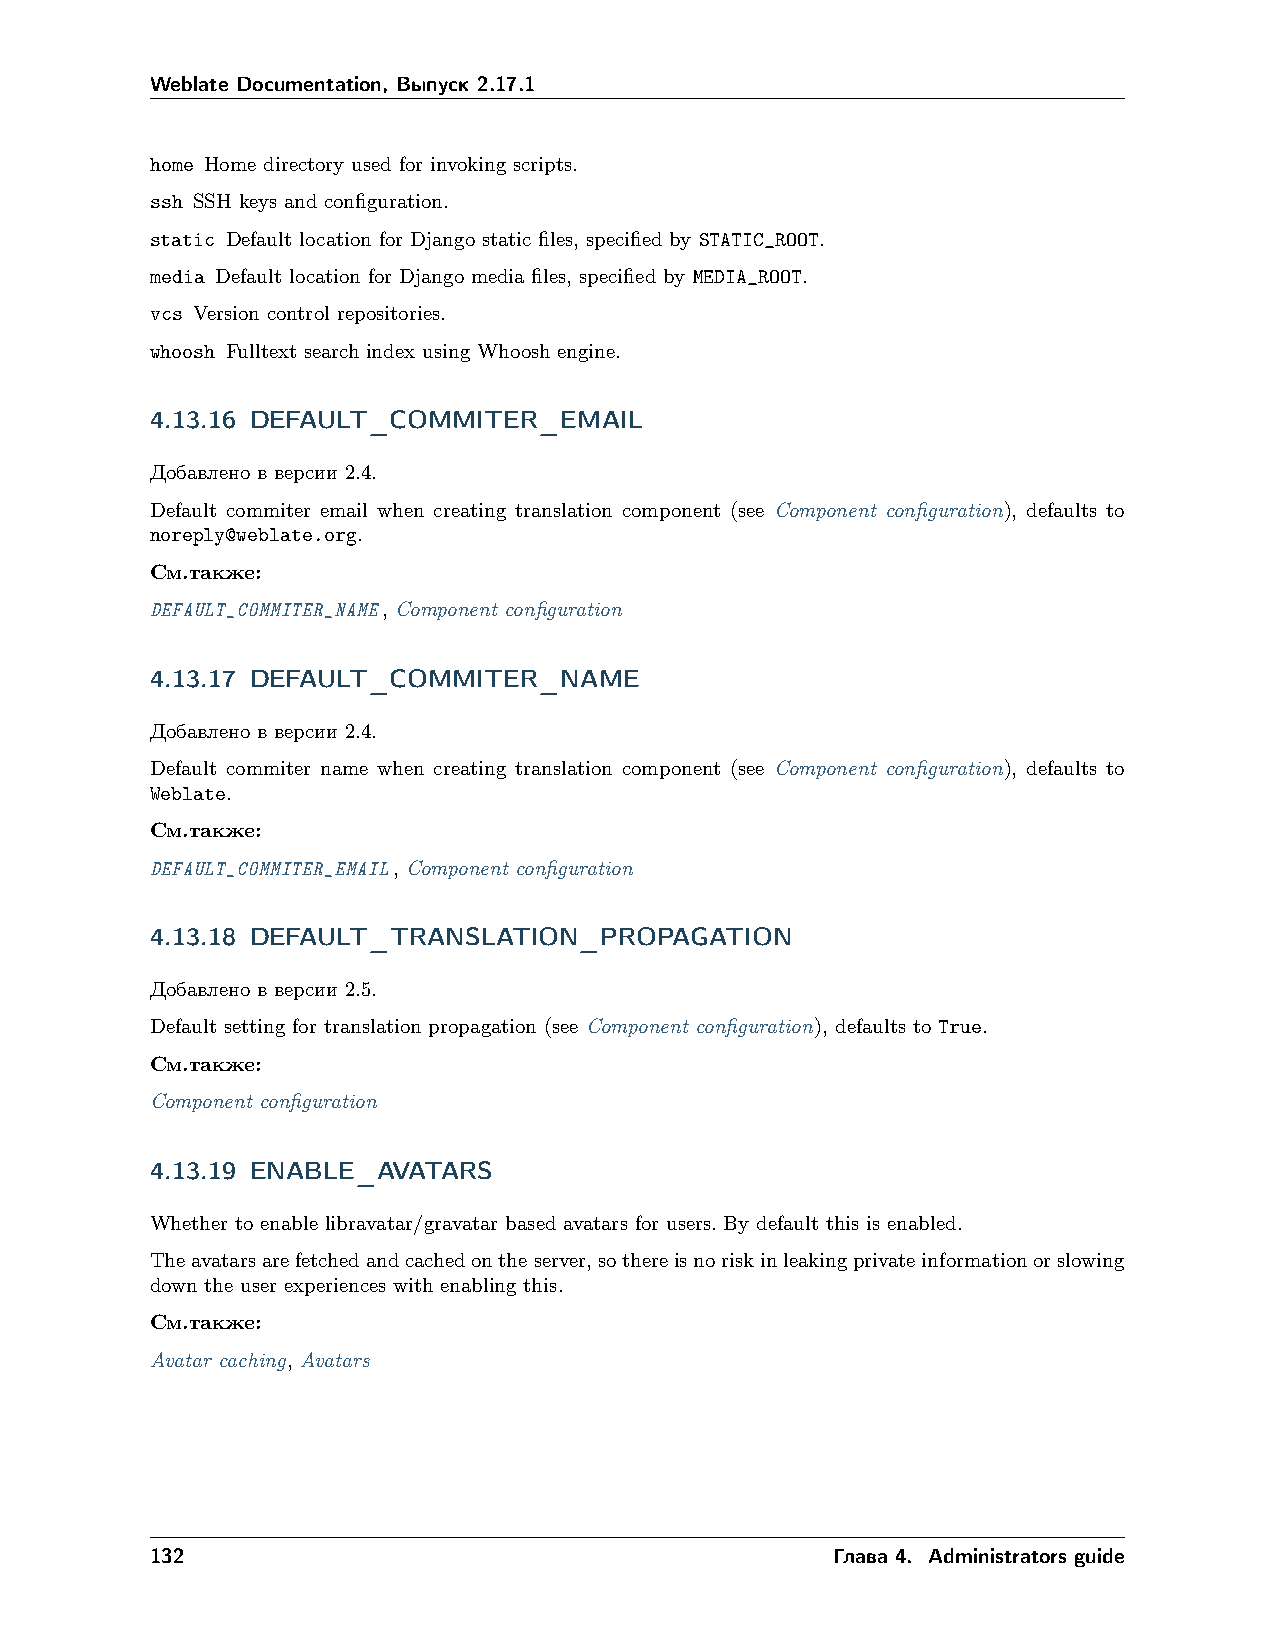
Weblate Documentation, Выпуск 2.17.1
 home Home directory used for invoking scripts.
 ssh SSH keys and configuration.
 static Default location for Django static files, specified by STATIC_ROOT.
 media Default location for Django media files, specified by MEDIA_ROOT.
 vcs Version control repositories.
 whoosh Fulltext search index using Whoosh engine.
 4.13.16 DEFAULT_COMMITER_EMAIL
 Добавлено в версии 2.4.
 Default commiter email when creating translation component (see Component configuration), defaults to
 noreply@weblate.org.
 См.также:
 DEFAULT_COMMITER_NAME, Component configuration
 4.13.17 DEFAULT_COMMITER_NAME
 Добавлено в версии 2.4.
 Default commiter name when creating translation component (see Component configuration), defaults to
 Weblate.
 См.также:
 DEFAULT_COMMITER_EMAIL, Component configuration
 4.13.18 DEFAULT_TRANSLATION_PROPAGATION
 Добавлено в версии 2.5.
 Default setting for translation propagation (see Component configuration), defaults to True.
 См.также:
 Component configuration
 4.13.19 ENABLE_AVATARS
 Whether to enable libravatar/gravatar based avatars for users. By default this is enabled.
 Theavatarsarefetchedandcachedontheserver,sothereisnoriskinleakingprivateinformationorslowing
 down the user experiences with enabling this.
 См.также:
 Avatar caching, Avatars
 132                                          Глава 4. Administrators guide